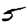
Digit: 5